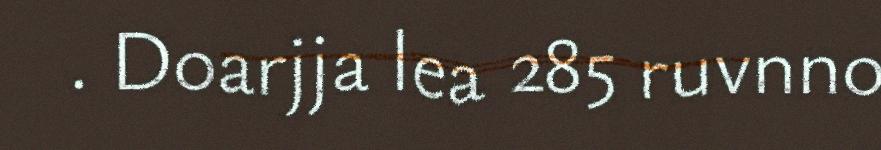
. Doarjja lea 285 ruvnno